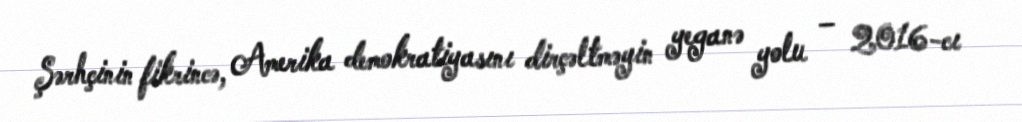
Şərhçinin fikrincə, Amerika demokratiyasını dirçəltməyin yeganə yolu – 2016-cı